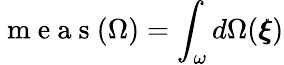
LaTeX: \mathrm{~m~e~a~s~}({\Omega})=\int_{\omega}d\Omega({\pmb\xi})